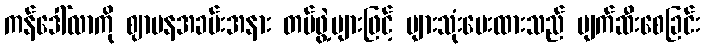
ကန်ဒေါ်လာကို ဈာပနအခမ်းအနား တပ်ဖွဲ့များဖြင့် များသုံးပေးထားသည် ပျက်ဆီးစေခြင်း